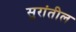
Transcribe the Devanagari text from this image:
सुरांतील